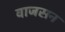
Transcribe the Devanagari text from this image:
वाजसन